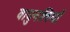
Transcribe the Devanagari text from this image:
वायुनलियाँ